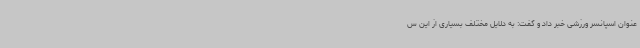
عنوان اسپانسر ورزشی خبر داد و گفت: به دلایل مختلف بسیاری از این س